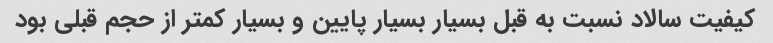
کیفیت سالاد نسبت به قبل بسیار بسیار پایین و بسیار کمتر از حجم قبلی بود